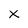
Character: X